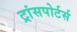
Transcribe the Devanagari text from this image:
ट्रांसपोर्टर्स